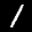
Label: 1